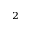
^ 2